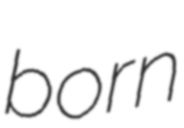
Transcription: born